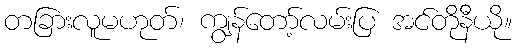
တခြားလူမဟုတ်၊ ကျွန်တော့်လမ်းပြ အင်တိုနီယို။